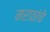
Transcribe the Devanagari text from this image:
मराठांचे